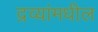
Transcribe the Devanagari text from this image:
द्रव्यांमधील